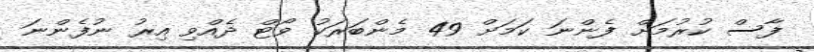
ފާސް ކުރުމަށް ފެންނަ ކަަމަށް 49 މެންބަރަކު ވޯޓް ދެއްވި އިރު ނުފެންނަ